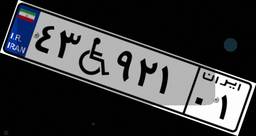
۴۳W۹۲۱۰۱